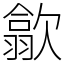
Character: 歙